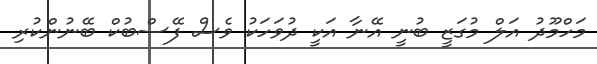
މަހްމޫދު އަލް މުގަޒީ ބުނީ އޭނާ އަކީ ދުވަހަކު ވެސް ފޭސްބުކް ބޭނުންކުރި